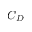
C _ { D }